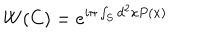
LaTeX: W ( C ) = e ^ { i \pi \int _ { S } d ^ { 2 } x P ( x ) }